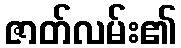
ဇာတ်လမ်း၏